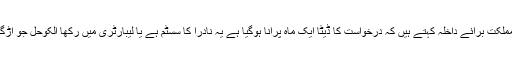
وزیر مملکت برائے داخلہ کہتے ہیں کہ درخواست کا ڈیٹا ایک ماہ پرانا ہوگیا ہے یہ نادرا کا سسٹم ہے یا لیبارٹری میں رکھا الکوحل جو اڑگیا ہے ۔